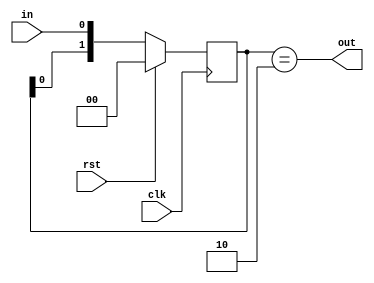
`timescale 1ns / 1ps
//////////////////////////////////////////////////////////////////////////////////
// Company: 
// Engineer: 
// 
// Design Name: 
// Module Name:    negedge_obs 
// Project Name: 
// Target Devices: 
// Tool versions: 
// Description: 
//
// Dependencies: 
//
// Revision: 
// Revision 0.01 - File Created
// Additional Comments: 
//
//////////////////////////////////////////////////////////////////////////////////
module negedge_obs(
    input in,
    input clk,
    output out,
    input rst
    );

reg [1:0] shr = 2'b00;

always @(posedge clk)
begin
    if(rst)
        shr <= 2'b00;
    else
        shr <= {shr[0],in};
end

assign out = ( shr == 2'b10);

endmodule